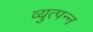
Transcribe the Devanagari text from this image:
व्‍युत्‍पन्‍न